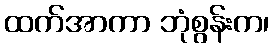
ထက်အာကာ ဘုံစွန်းက၊